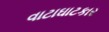
વાટાઘાટકાર